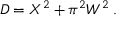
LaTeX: { \cal D } = { \cal X } ^ { 2 } + \pi ^ { 2 } { \cal W } ^ { 2 } \; .